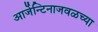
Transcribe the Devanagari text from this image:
आर्जेन्टिनाजवळच्या